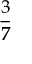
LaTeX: \frac { 3 } { 7 }